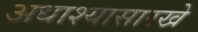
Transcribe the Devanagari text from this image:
अधाश्यासारखे